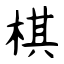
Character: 棋